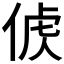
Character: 𠊤